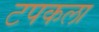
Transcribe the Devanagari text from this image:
टपकला